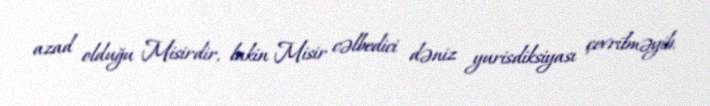
azad olduğu Misirdir, lakin Misir cəlbedici dəniz yurisdiksiyası çevrilməyib.